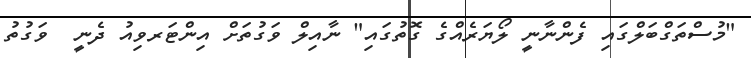
"މުސްތަގްބަލްގައި ފެންނާނީ ލޯޔަރެއްގެ ގޮތުގައި" ނާއިލް ވަގުތަށް އިންޓަރވިއު ދެނީ  ވަގުތު